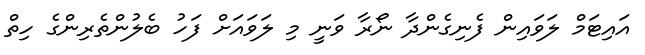
އައިޓަމް ލަވައިން ފެނިގެންދާ ނޯރާ ވަނީ މި ލަވައަށް ފަހު ބެލުންތެރިންގެ ހިތް